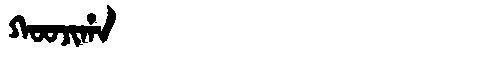
Manchu: ᡴᠣᠣᠵᡳᡥᠠ
Romanization: KOOJIHA